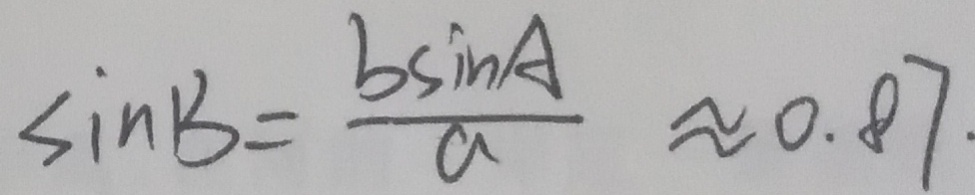
\sin B = \frac { b \sin A } { a } \approx 0 . 8 7